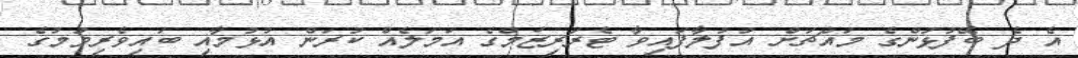
އެ ދެ ބޭފުޅުންގެ މައްޗަށް އުފުލާފައިވާ ޓެރަރިޒަމްގެ އަމަލެއް ކުރަން އުޅުމާއި ބައިވެރިވުމުގެ